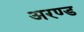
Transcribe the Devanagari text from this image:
अरण्ड